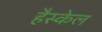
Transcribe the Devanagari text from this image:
हैस्केल